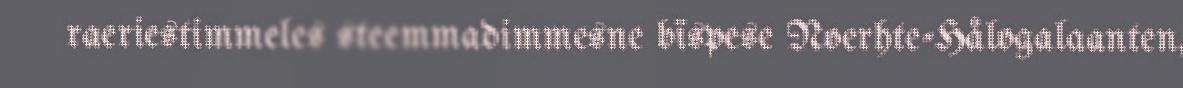
raeriestimmeles steemmadimmesne bïspese Noerhte-Hålogalaanten,